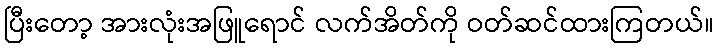
ပြီးတော့ အားလုံးအဖြူရောင် လက်အိတ်ကို ဝတ်ဆင်ထားကြတယ်။